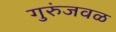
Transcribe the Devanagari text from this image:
गुरुंजवळ